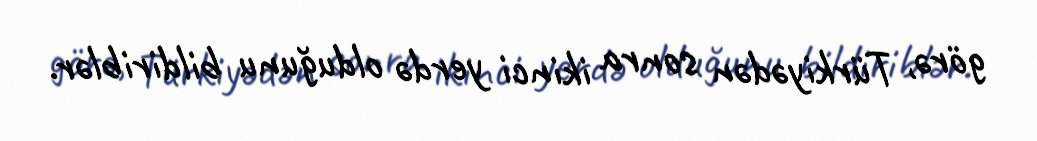
görə, Türkiyədən sonra ikinci yerdə olduğunu bildiriblər.